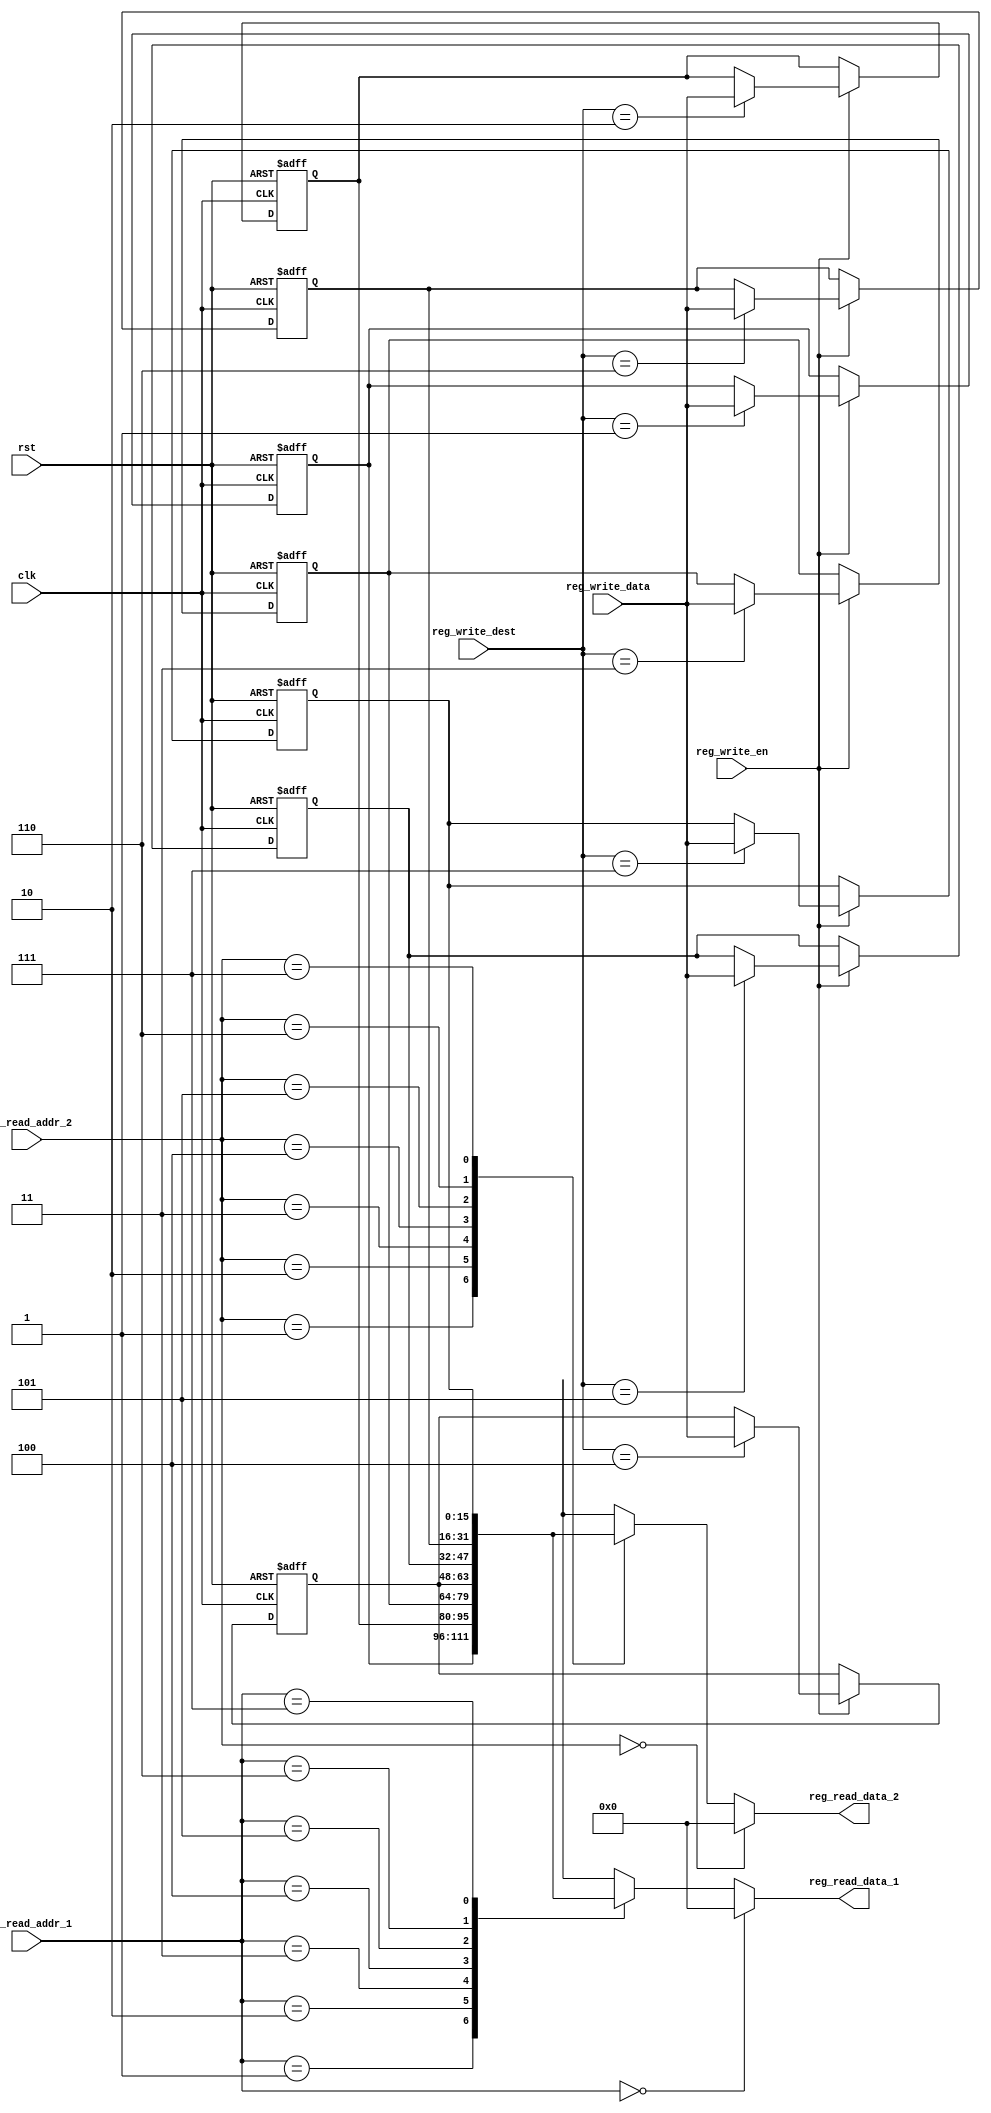
module register_file 
( //fpga4student.com: FPga projects, Verilog projects, VHDL projects
input clk, 
input rst, 
// write port 
input reg_write_en, 
input [2:0] reg_write_dest, 
input [15:0] reg_write_data, 
//read port 1 
input [2:0] reg_read_addr_1, 
output [15:0] reg_read_data_1, 
//read port 2 
input [2:0] reg_read_addr_2, 
output [15:0] reg_read_data_2 
); 
reg [15:0] reg_array [7:0]; 
// write port 
//reg [2:0] i; 
always @ (posedge clk or posedge rst) begin 
if(rst) begin 
reg_array[0] <= 15'b0; 
reg_array[1] <= 15'b0; 
reg_array[2] <= 15'b0; 
reg_array[3] <= 15'b0; 
reg_array[4] <= 15'b0; 
reg_array[5] <= 15'b0; 
reg_array[6] <= 15'b0; 
reg_array[7] <= 15'b0; 
end 
else begin 
if(reg_write_en) begin 
reg_array[reg_write_dest] <= reg_write_data; 
end 
end 
end 
assign reg_read_data_1 = ( reg_read_addr_1 == 0)? 15'b0 : reg_array[reg_read_addr_1]; 
assign reg_read_data_2 = ( reg_read_addr_2 == 0)? 15'b0 : reg_array[reg_read_addr_2]; 
endmodule